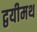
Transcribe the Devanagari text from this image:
द्वयीमथ